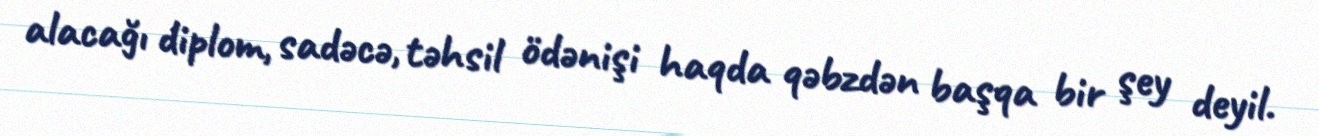
alacağı diplom, sadəcə, təhsil ödənişi haqda qəbzdən başqa bir şey deyil.